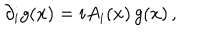
\partial _ { i } g ( x ) = i A _ { i } ( x ) \, g ( x ) \, ,